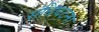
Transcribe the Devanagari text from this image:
संधिघटना